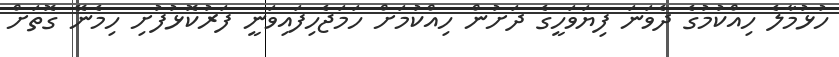
ހުޅުމާލެ ހިއްކުމުގެ ދެވަނަ ފިޔަވަހީގެ ދަށުން ހިއްކުމަށް ހަމަޖެހިފައިވަނީ ފަރުކޮޅުފުށި ހިމެނޭ ގޮތަށް